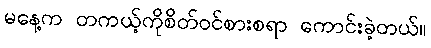
မနေ့က တကယ့်ကိုစိတ်ဝင်စားစရာ ကောင်းခဲ့တယ်။